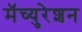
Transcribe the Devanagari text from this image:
मॅच्युरेशन